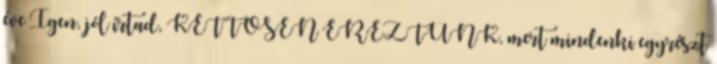
éve Igen, jól írtad, KETTŐSEN ÉREZTÜNK, mert mindenki egyrészt